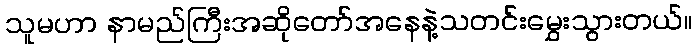
သူမဟာ နာမည်ကြီးအဆိုတော်အနေနဲ့သတင်းမွှေးသွားတယ်။